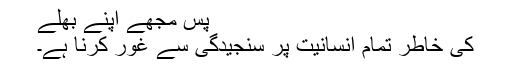
پس مجھے اپنے بھلے
کی خاطر تمام انسانیت پر سنجیدگی سے غور کرنا ہے۔